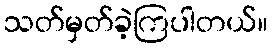
သတ်မှတ်ခဲ့ကြပါတယ်။